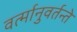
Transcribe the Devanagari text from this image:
वर्त्मानुवर्तन्ते